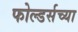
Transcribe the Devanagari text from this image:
फोल्डर्सच्या